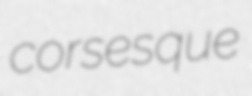
corsesque